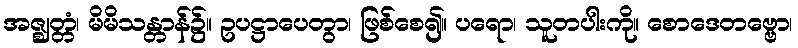
အဇ္ဈတ္တံ၊ မိမိသန္တာန်၌။ ဥပဋ္ဌာပေတွာ၊ ဖြစ်စေ၍။ ပရော၊ သူတပါးကို။ စောဒေတဗ္ဗော၊